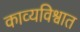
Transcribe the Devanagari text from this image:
काव्यविश्वात